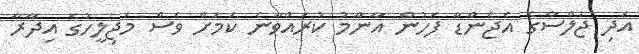
އަދި ޖަލްސާގެ އެޖެންޑާ ފަހުން އާންމު ކުރައްވާނެ ކަމަށް ވެސް މަޖިލީހުގެ އިދާރާ